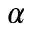
_ \alpha